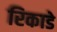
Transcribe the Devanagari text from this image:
रिकाडे